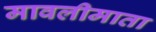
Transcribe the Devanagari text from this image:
मावलीमाता